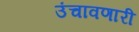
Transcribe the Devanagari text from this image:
उंचावणारी